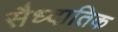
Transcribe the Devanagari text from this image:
सैध्दातिक